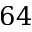
6 4